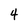
Character: 4